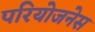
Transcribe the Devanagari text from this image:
परियोजनेस